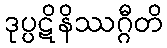
ဒုပ္ပဋိနိဿဂ္ဂီတိ